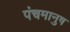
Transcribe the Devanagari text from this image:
पंचमानुष